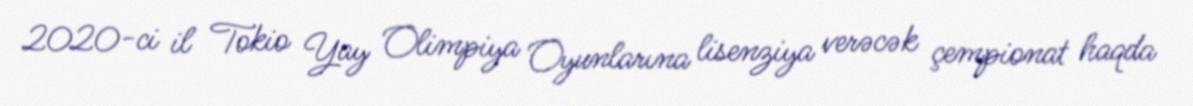
2020-ci il Tokio Yay Olimpiya Oyunlarına lisenziya verəcək çempionat haqda